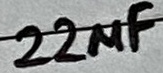
Text: 22µF